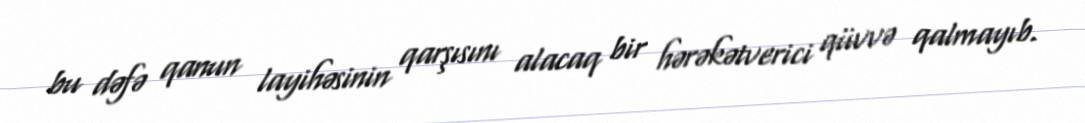
bu dəfə qanun layihəsinin qarşısını alacaq bir hərəkətverici qüvvə qalmayıb.